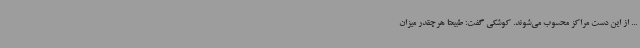
... از این دست مراکز محسوب می‌شوند. کوشکی گفت: طبیعتا هرچقدر میزان